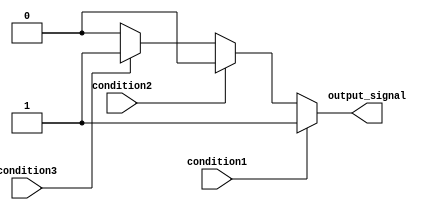
module multiple_if_else(
    input wire condition1,
    input wire condition2,
    input wire condition3,
    output reg output_signal
);

always @* begin
    if (condition1) begin
        output_signal = 1;
    end
    else if (condition2) begin
        output_signal = 2;
    end
    else if (condition3) begin
        output_signal = 3;
    end
    else begin
        output_signal = 0;
    end
end

endmodule